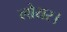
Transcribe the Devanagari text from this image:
लोयर।